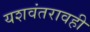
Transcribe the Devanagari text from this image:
यशवंतरावही